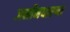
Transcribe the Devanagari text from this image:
जमीनधारणा